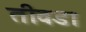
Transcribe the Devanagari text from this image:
तीवडा